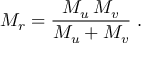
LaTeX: M _ { r } = \frac { M _ { u } \, M _ { v } } { M _ { u } + M _ { v } } \; .